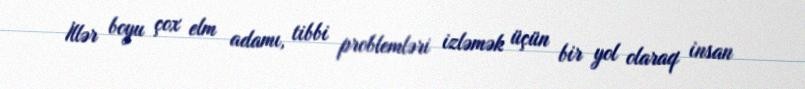
İllər boyu çox elm adamı, tibbi problemləri izləmək üçün bir yol olaraq insan